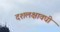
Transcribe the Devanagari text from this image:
दशलक्षावधी